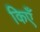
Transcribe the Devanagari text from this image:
किएँ